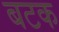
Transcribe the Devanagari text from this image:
बटक